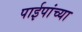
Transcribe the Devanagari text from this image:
पाईपांच्या